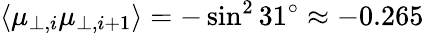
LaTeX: \langle\mu_{\perp,i}\mu_{\perp,i+1}\rangle=-\sin^{2}31^{\circ}\approx-0.265